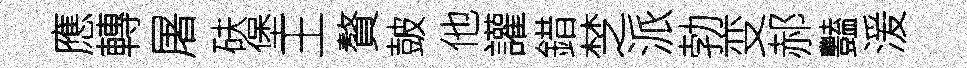
應轉屠砆堡王贅皷他讙錯椘派勃变郝豔湲